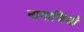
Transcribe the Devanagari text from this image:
नागाजिजी